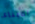
الأبناء